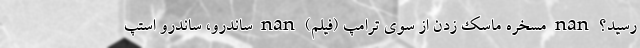
رسید؟ nan مسخره ماسک زدن از سوی ترامپ (فیلم) nan ساندرو، ساندرو استپ